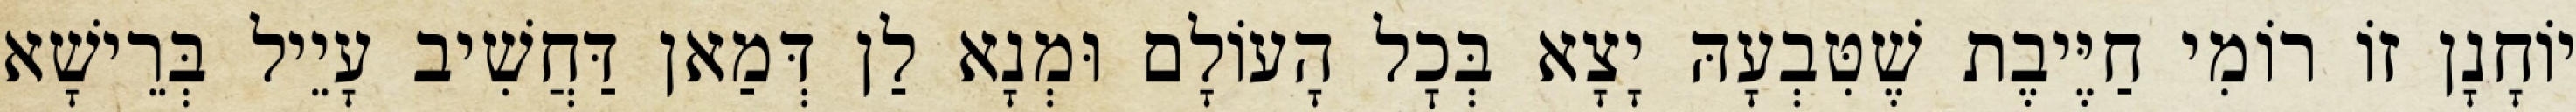
יוֹחָנָן זוֹ רוֹמִי חַיֶּיבֶת שֶׁטִּבְעָהּ יָצָא בְּכׇל הָעוֹלָם וּמְנָא לַן דְּמַאן דַּחֲשִׁיב עָיֵיל בְּרֵישָׁא